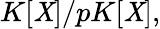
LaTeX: K[\mathit{X}]/pK[\mathit{X}],